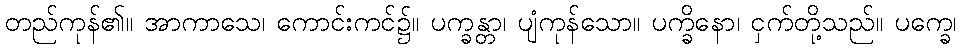
တည်ကုန်၏။ အာကာသေ၊ ကောင်းကင်၌။ ပက္ခန္တာ၊ ပျံကုန်သော။ ပက္ခိနော၊ ငှက်တို့သည်။ ပက္ခေ၊